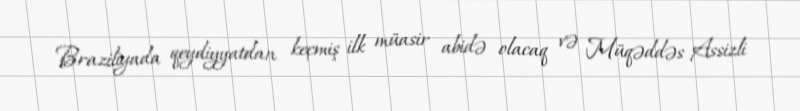
Braziliyada qeydiyyatdan keçmiş ilk müasir abidə olacaq və Müqəddəs Assizli